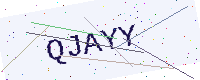
Text: QJAYY